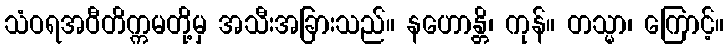
သံဝရအဝီတိက္ကမတို့မှ အသီးအခြားသည်။ နဟောန္တိ၊ ကုန်။ တသ္မာ၊ ကြောင့်။